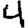
Digit: 4